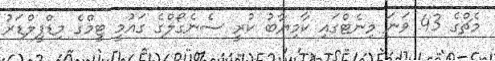
މެޗްގެ 43 ވަނަ މިނެޓްގައި ކާމިޔާބު ކުރީ ސެނެގޯލްގެ ގައުމީ ޓީމްގެ މިޑްފީލްޑަރު